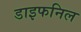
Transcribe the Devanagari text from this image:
डाइफनिल